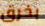
بخرق